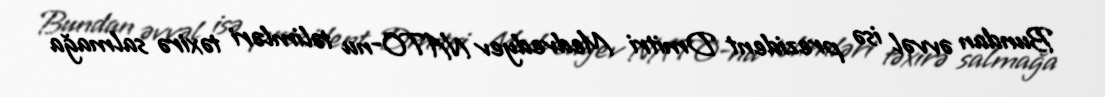
Bundan əvvəl isə prezident Dmitri Medvedyev NATO-nu təlimləri təxirə salmağa